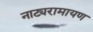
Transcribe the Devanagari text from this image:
नाट्यरामायण